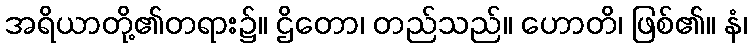
အရိယာတို့၏တရား၌။ ဌိတော၊ တည်သည်။ ဟောတိ၊ ဖြစ်၏။ နံ၊